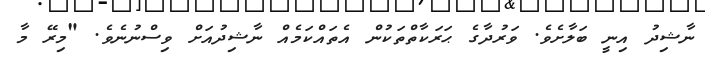
ނާޝިދު އިނީ ބަލާށެވެ. ވަރުދާގެ ޙަރަކާތްތަކުން އެތައްކަމެއް ނާޝިދުއަށް ވިސްނުނެވެ. "މިރޭ މާ